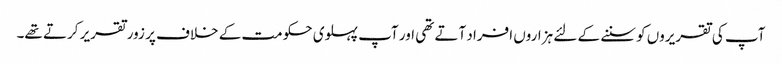
آپ کی تقریروں کو سننے کے لئے ہزاروں افراد آتے تھی اور آپ پہلوی حکومت کے خلاف پر زور تقریر کرتے تھے۔